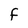
Character: f